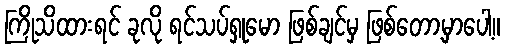
ကြိုသိထားရင် ခုလို ရင်သပ်ရှုမော ဖြစ်ချင်မှ ဖြစ်တော့မှာပေါ့။